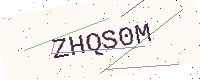
Text: ZHQS0M